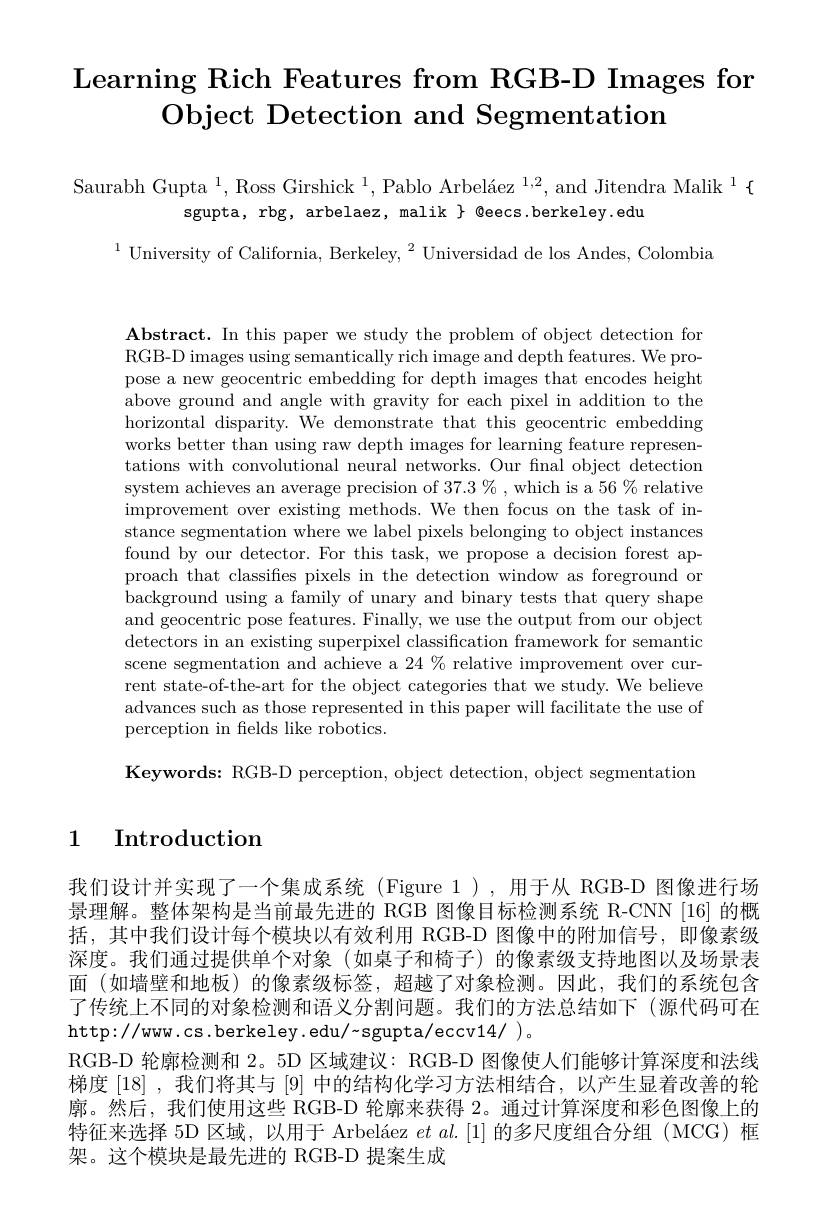
# $\textbf{Learning Rich Features from RGB- D Images for}$ Object Detection and Segmentation

Saurabh Gupta $^1,\text{Ross Girshick }^{1},\text{Pablo Arbel\'{a}ez}^{1,2}$,and Jitendra Malik$^1\{$
sgupta, rbg, arbelaez, malik $\}$ @eecs.berkeley.edu

$^{1}$ University of California, Berkeley, $^2$ Universidad de los Andes, Colombia

$\textbf{Abstract. In this paper we study the problem of object detection for}$ RGB-D images using semantically rich image and depth features. We propose a new geocentric embedding for depth images that encodes height above ground and angle with gravity for each pixel in addition to the horizontal disparity. We demonstrate that this geocentric embedding works better than using raw depth images for learning feature representations with convolutional neural networks. Our fnal object detection system achieves an average precision of 37.3 % , which is a 56 % relative improvement over existing methods. We then focus on the task of instance segmentation where we label pixels belonging to object instances found by our detector. For this task, we propose a decision forest approach that classifies pixels in the detection window as foreground or background using a family of unary and binary tests that query shape and geocentric pose features. Finally, we use the output from our object detectors in an existing superpixel classification framework for semantic scene segmentation and achieve a 24 % relative improvement over current state-of-the-art for the object categories that we study. We believe advances such as those represented in this paper will facilitate the use of perception in felds like robotics.

Keywords: RGB-D perception, object detection, object segmentation

## 1 Introduction

我们设计并实现了一个集成系统 (Figure 1),用于从 RGB-D 图像进行场景理解。整体架构是当前最先进的 RGB 图像目标检测系统 R-CNN [16] 的概括，其中我们设计每个模块以有效利用 RGB-D 图像中的附加信号，即像素级深度。我们通过提供单个对象(如桌子和椅子)的像素级支持地图以及场景表面 (如墙壁和地板) 的像素级标签，超越了对象检测。因此，我们的系统包含了传统上不同的对象检测和语义分割问题。我们的方法总结如下(源代码可在http: / / ww. cs. berkeley. edu/ sgupta/ eccv14/ ) 。
RGB-D 轮廓检测和 2。5D 区域建议：RGB-D 图像使人们能够计算深度和法线梯度 [18] ,我们将其与 [9] 中的结构化学习方法相结合，以产生显着改善的轮廓。然后，我们使用这些 RGB-D 轮廓来获得 2。通过计算深度和彩色图像上的特征来选择 5D 区域，以用于 Arbeláez $et\textit{al. [ 1] 的 多 尺 度 组 合 分 组 ( MCG) 框 }$ 架。这个模块是最先进的 RGB-D 提案生成